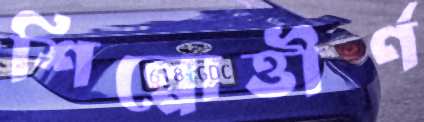
শিল্পোত্তীর্ণ